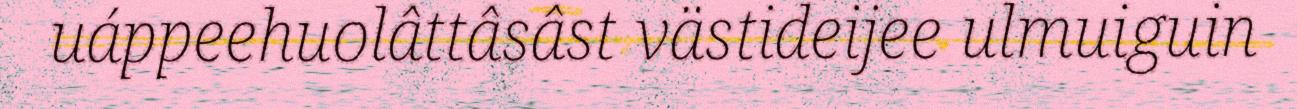
uáppeehuolâttâsâst västideijee ulmuiguin